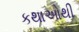
કથાઓથી